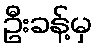
ဦးခန့်မှ